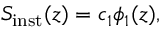
S _ { \mathrm { i n s t } } ( z ) = c _ { 1 } \phi _ { 1 } ( z ) ,